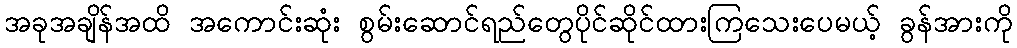
အခုအချိန်အထိ အကောင်းဆုံး စွမ်းဆောင်ရည်တွေပိုင်ဆိုင်ထားကြသေးပေမယ့် ခွန်အားကို